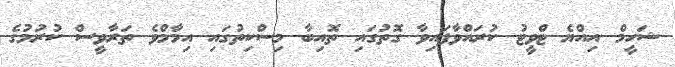
ޝަހީމް އިއްޔެ ޓްވީޓު ކުރައްވާފައިވާ ގޮތުގައި ތޮއިބާ މިސްކިތުގައި އިމާމްވެ ތަރާވީސް ކުރުމުގެ